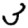
Digit: 3